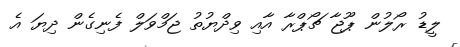
ލީޑު ރޯލުން ޕޫޖާ ޗޯޕްރާ އާއި ވިދްޔުތު ޖަމްވަލް ފެނިގެން ދިޔަ އެ